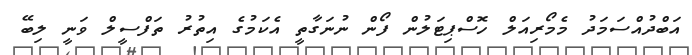
އަބްދުއްސަމަދު މެމޯރިއަލް ހޮސްޕިޓަލުން ފޯން ނުނަގާތީ އެކަމުގެ އިތުރު ތަފްސީލް ވަނީ ލިބޭ